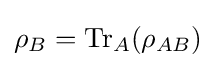
\rho _{B}=\operatorname {Tr} _{A}(\rho _{AB})